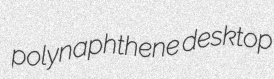
polynaphthene desktop